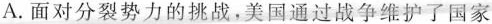
A.面对分裂势力的挑战，美国通过战争维护了国家